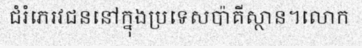
ជំរំភេរវជននៅក្នុងប្រទេសប៉ាគីស្ថាន។លោក